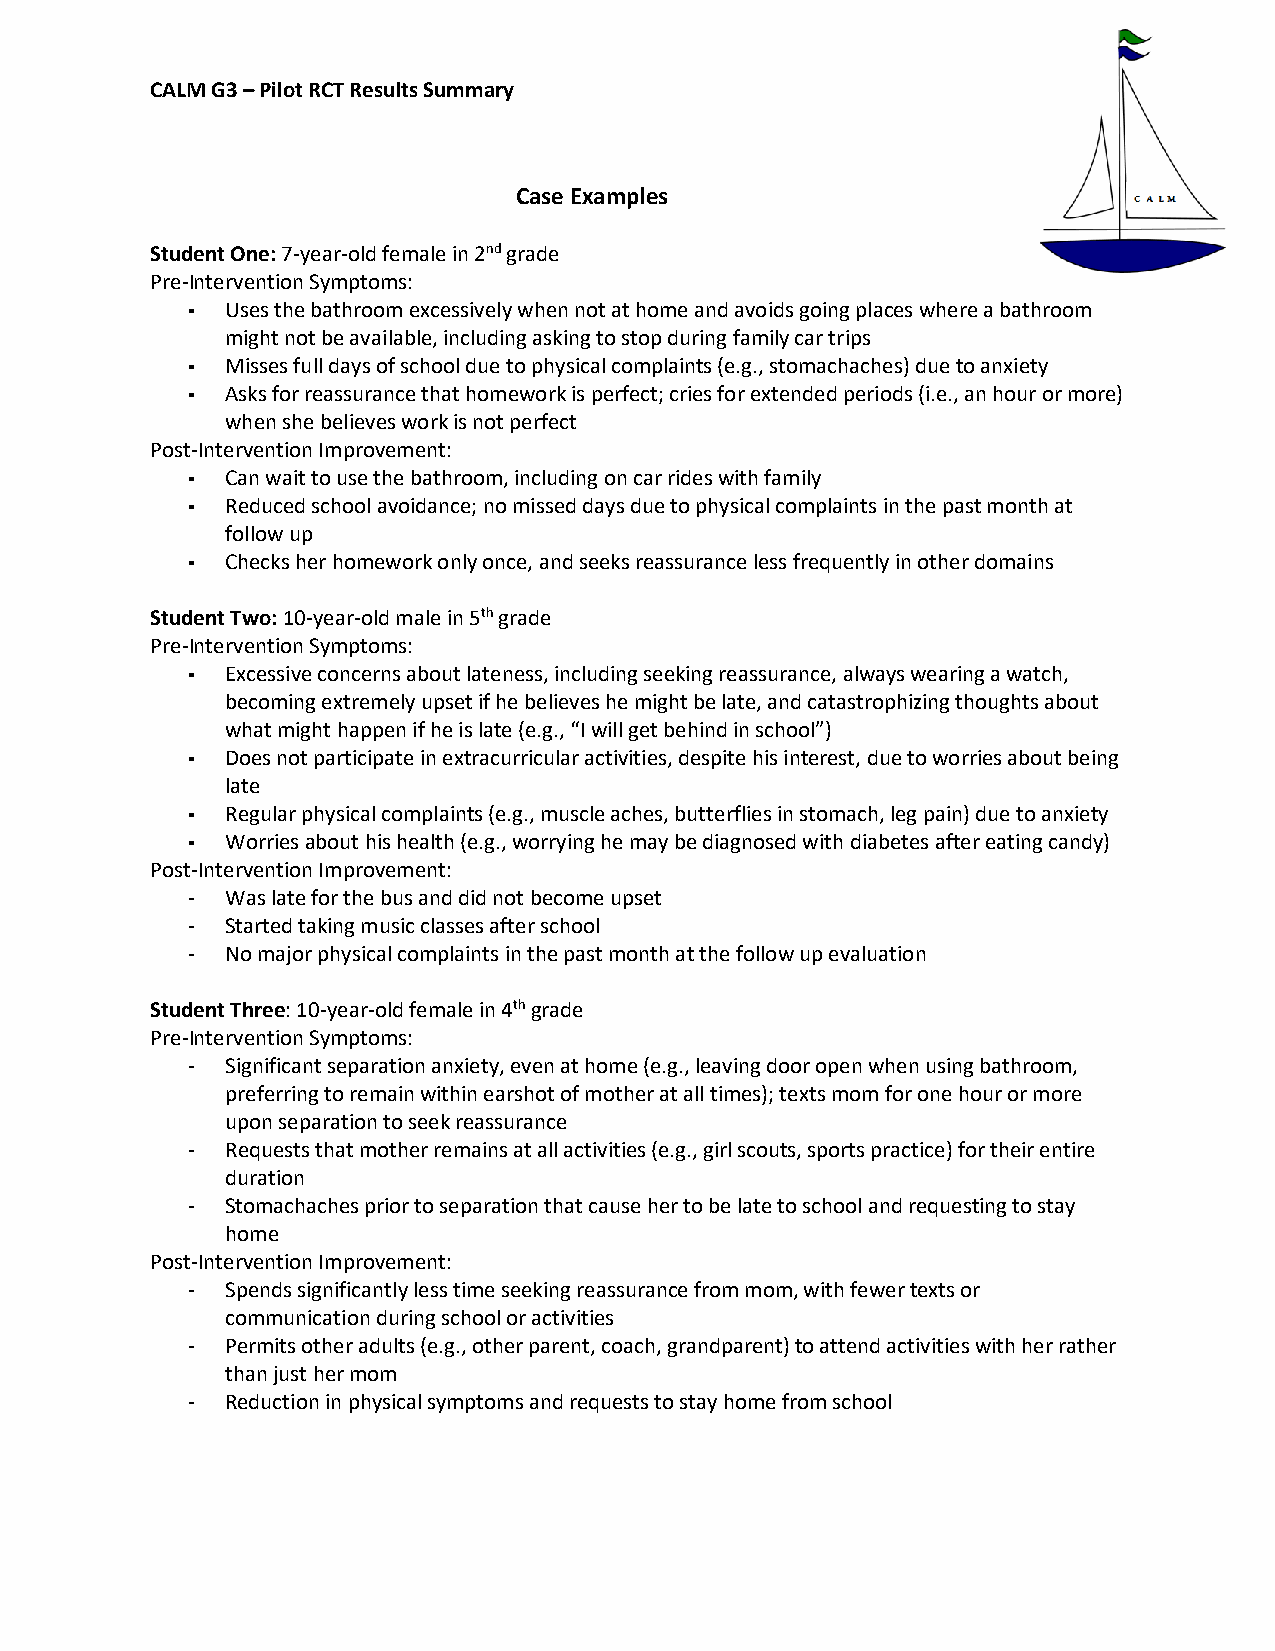
CALM G3 – Pilot RCT Results Summary
 Case Examples
 Student One: 7-year-old female in 2nd grade
 Pre-Intervention Symptoms:
 -  Uses the bathroom excessively when not at home and avoids going places where a bathroom
 might not be available, including asking to stop during family car trips
 -  Misses full days of school due to physical complaints (e.g., stomachaches) due to anxiety
 -  Asks for reassurance that homework is perfect; cries for extended periods (i.e., an hour or more)
 when she believes work is not perfect
 Post-Intervention Improvement:
 -  Can wait to use the bathroom, including on car rides with family
 -  Reduced school avoidance; no missed days due to physical complaints in the past month at
 follow up
 -  Checks her homework only once, and seeks reassurance less frequently in other domains
 Student Two: 10-year-old male in 5th grade
 Pre-Intervention Symptoms:
 -  Excessive concerns about lateness, including seeking reassurance, always wearing a watch,
 becoming extremely upset if he believes he might be late, and catastrophizing thoughts about
 what might happen if he is late (e.g., “I will get behind in school”)
 -  Does not participate in extracurricular activities, despite his interest, due to worries about being
 late
 -  Regular physical complaints (e.g., muscle aches, butterflies in stomach, leg pain) due to anxiety
 -  Worries about his health (e.g., worrying he may be diagnosed with diabetes after eating candy)
 Post-Intervention Improvement:
 -  Was late for the bus and did not become upset
 -  Started taking music classes after school
 -  No major physical complaints in the past month at the follow up evaluation
 Student Three: 10-year-old female in 4th grade
 Pre-Intervention Symptoms:
 -  Significant separation anxiety, even at home (e.g., leaving door open when using bathroom,
 preferring to remain within earshot of mother at all times); texts mom for one hour or more
 upon separation to seek reassurance
 -  Requests that mother remains at all activities (e.g., girl scouts, sports practice) for their entire
 duration
 -  Stomachaches prior to separation that cause her to be late to school and requesting to stay
 home
 Post-Intervention Improvement:
 -  Spends significantly less time seeking reassurance from mom, with fewer texts or
 communication during school or activities
 -  Permits other adults (e.g., other parent, coach, grandparent) to attend activities with her rather
 than just her mom
 -  Reduction in physical symptoms and requests to stay home from school